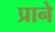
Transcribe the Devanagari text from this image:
प्राने